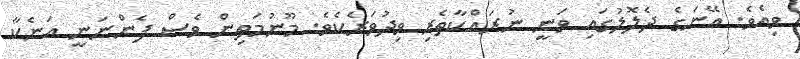
ވިއެވެ. އޭނަގެ ދެލޮލުގައި ވަނީ ނުރައްކާތެރި ވިދުވަރެކެވެ. މޫނުމަތިން ވެސް ފެންނަނީ އަނެކާ